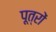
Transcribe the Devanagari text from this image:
पूत्रों